Annual report on the mental hospital in the Central Provinces and Berar (Nagpur) - 1927-1951
Year: 1927
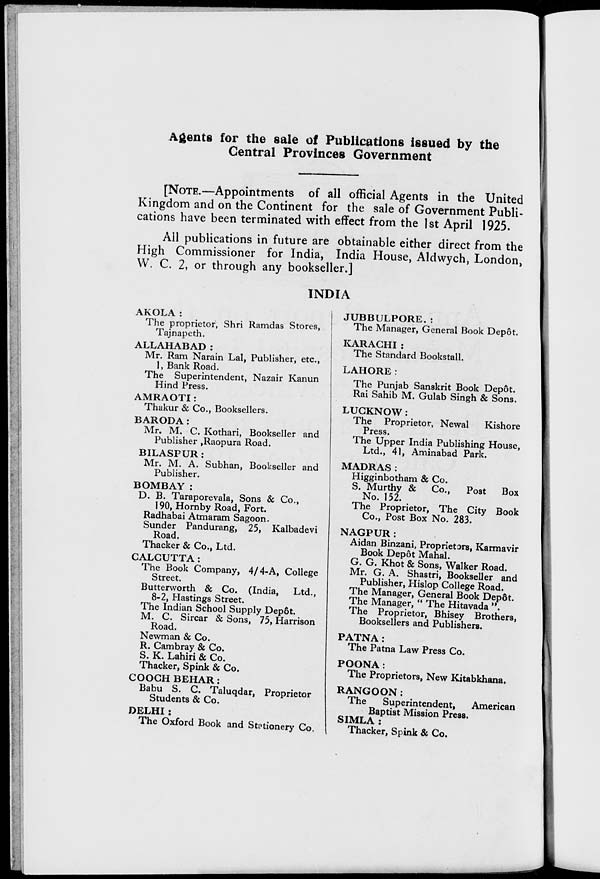
Agents for the sale of Publications issued by the
Central Provinces Government
[NOTE.—Appointments of all official Agents in the United
Kingdom and on the Continent for the sale of Government Publi-
cations have been terminated with effect from the 1st April 1925.
All publications in future are obtainable either direct from the
High Commissioner for India, India House, Aldwych, London,
W. C. 2, or through any bookseller.]
INDIA
AKOLA :
The proprietor, Shri Ramdas Stores,
Tajnapeth.
ALLAHABAD :
Mr. Ram Narain Lal, Publisher, etc.,
1, Bank Road.
The Superintendent, Nazair Kanun
Hind Press.
AMRAOTI:
Thakur & Co., Booksellers.
BARODA:
Mr. M. C. Kothari, Bookseller and
Publisher ,Raopura Road.
BILASPUR :
Mr. M. A. Subhan, Bookseller and
Publisher.
BOMBAY :
D. B. Taraporevala, Sons & Co.,
190, Hornby Road, Fort.
Radhabai Atmaram Sagoon.
Sunder Pandurang, 25, Kalbadevi
Road.
Thacker & Co., Ltd.
CALCUTTA:
The Book Company, 4/4-A, College
Street.
Butterworth & Co. (India,
Ltd.,
8-2, Hastings Street.
The Indian School Supply Depôt.
M. C. Sircar & Sons, 75, Harrison
Road.
Newman & Co.
R. Cambray & Co.
S. K. Lahiri & Co.
Thacker, Spink & Co.
COOCH BEHAR:
Babu S. C. Taluqdar, Proprietor
Students & Co.
DELHI:
The Oxford Book and Stationery Co.
JUBBULPORE. :
The Manager, General Book Depôt.
KARACHI :
The Standard Bookstall.
LAHORE:
The Punjab Sanskrit Book Depôt.
Rai Sahib M. Gulab Singh & Sons.
LUCKNOW:
The Proprietor, Newal
Kishore
Press.
The Upper India Publishing House,
Ltd., 41, Aminabad Park.
MADRAS:
Higginbotham & Co.
S. Murthy & Co.,
Post
Box
No. 152.
The Proprietor, The City Book
Co., Post Box No. 283.
NAGPUR:
Aidan Binzani, Proprietors, Karmavir
Book Depôt Mahal.
G. G. Khot & Sons, Walker Road.
Mr. G. A. Shastri, Bookseller and
Publisher, Hislop College Road.
The Manager, General Book Depôt.
The Manager, " The Hitavada ".
The Proprietor, Bhisey Brothers,
Booksellers and Publishers.
PATNA:
The Patna Law Press Co.
POONA:
The Proprietors, New Kitabkhana.
RANGOON:
The
Superintendent,
American
Baptist Mission Press.
SIMLA :
Thacker, Spink & Co.